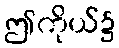
ဤကိုယ်၌